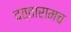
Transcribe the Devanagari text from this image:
दत्तारामच